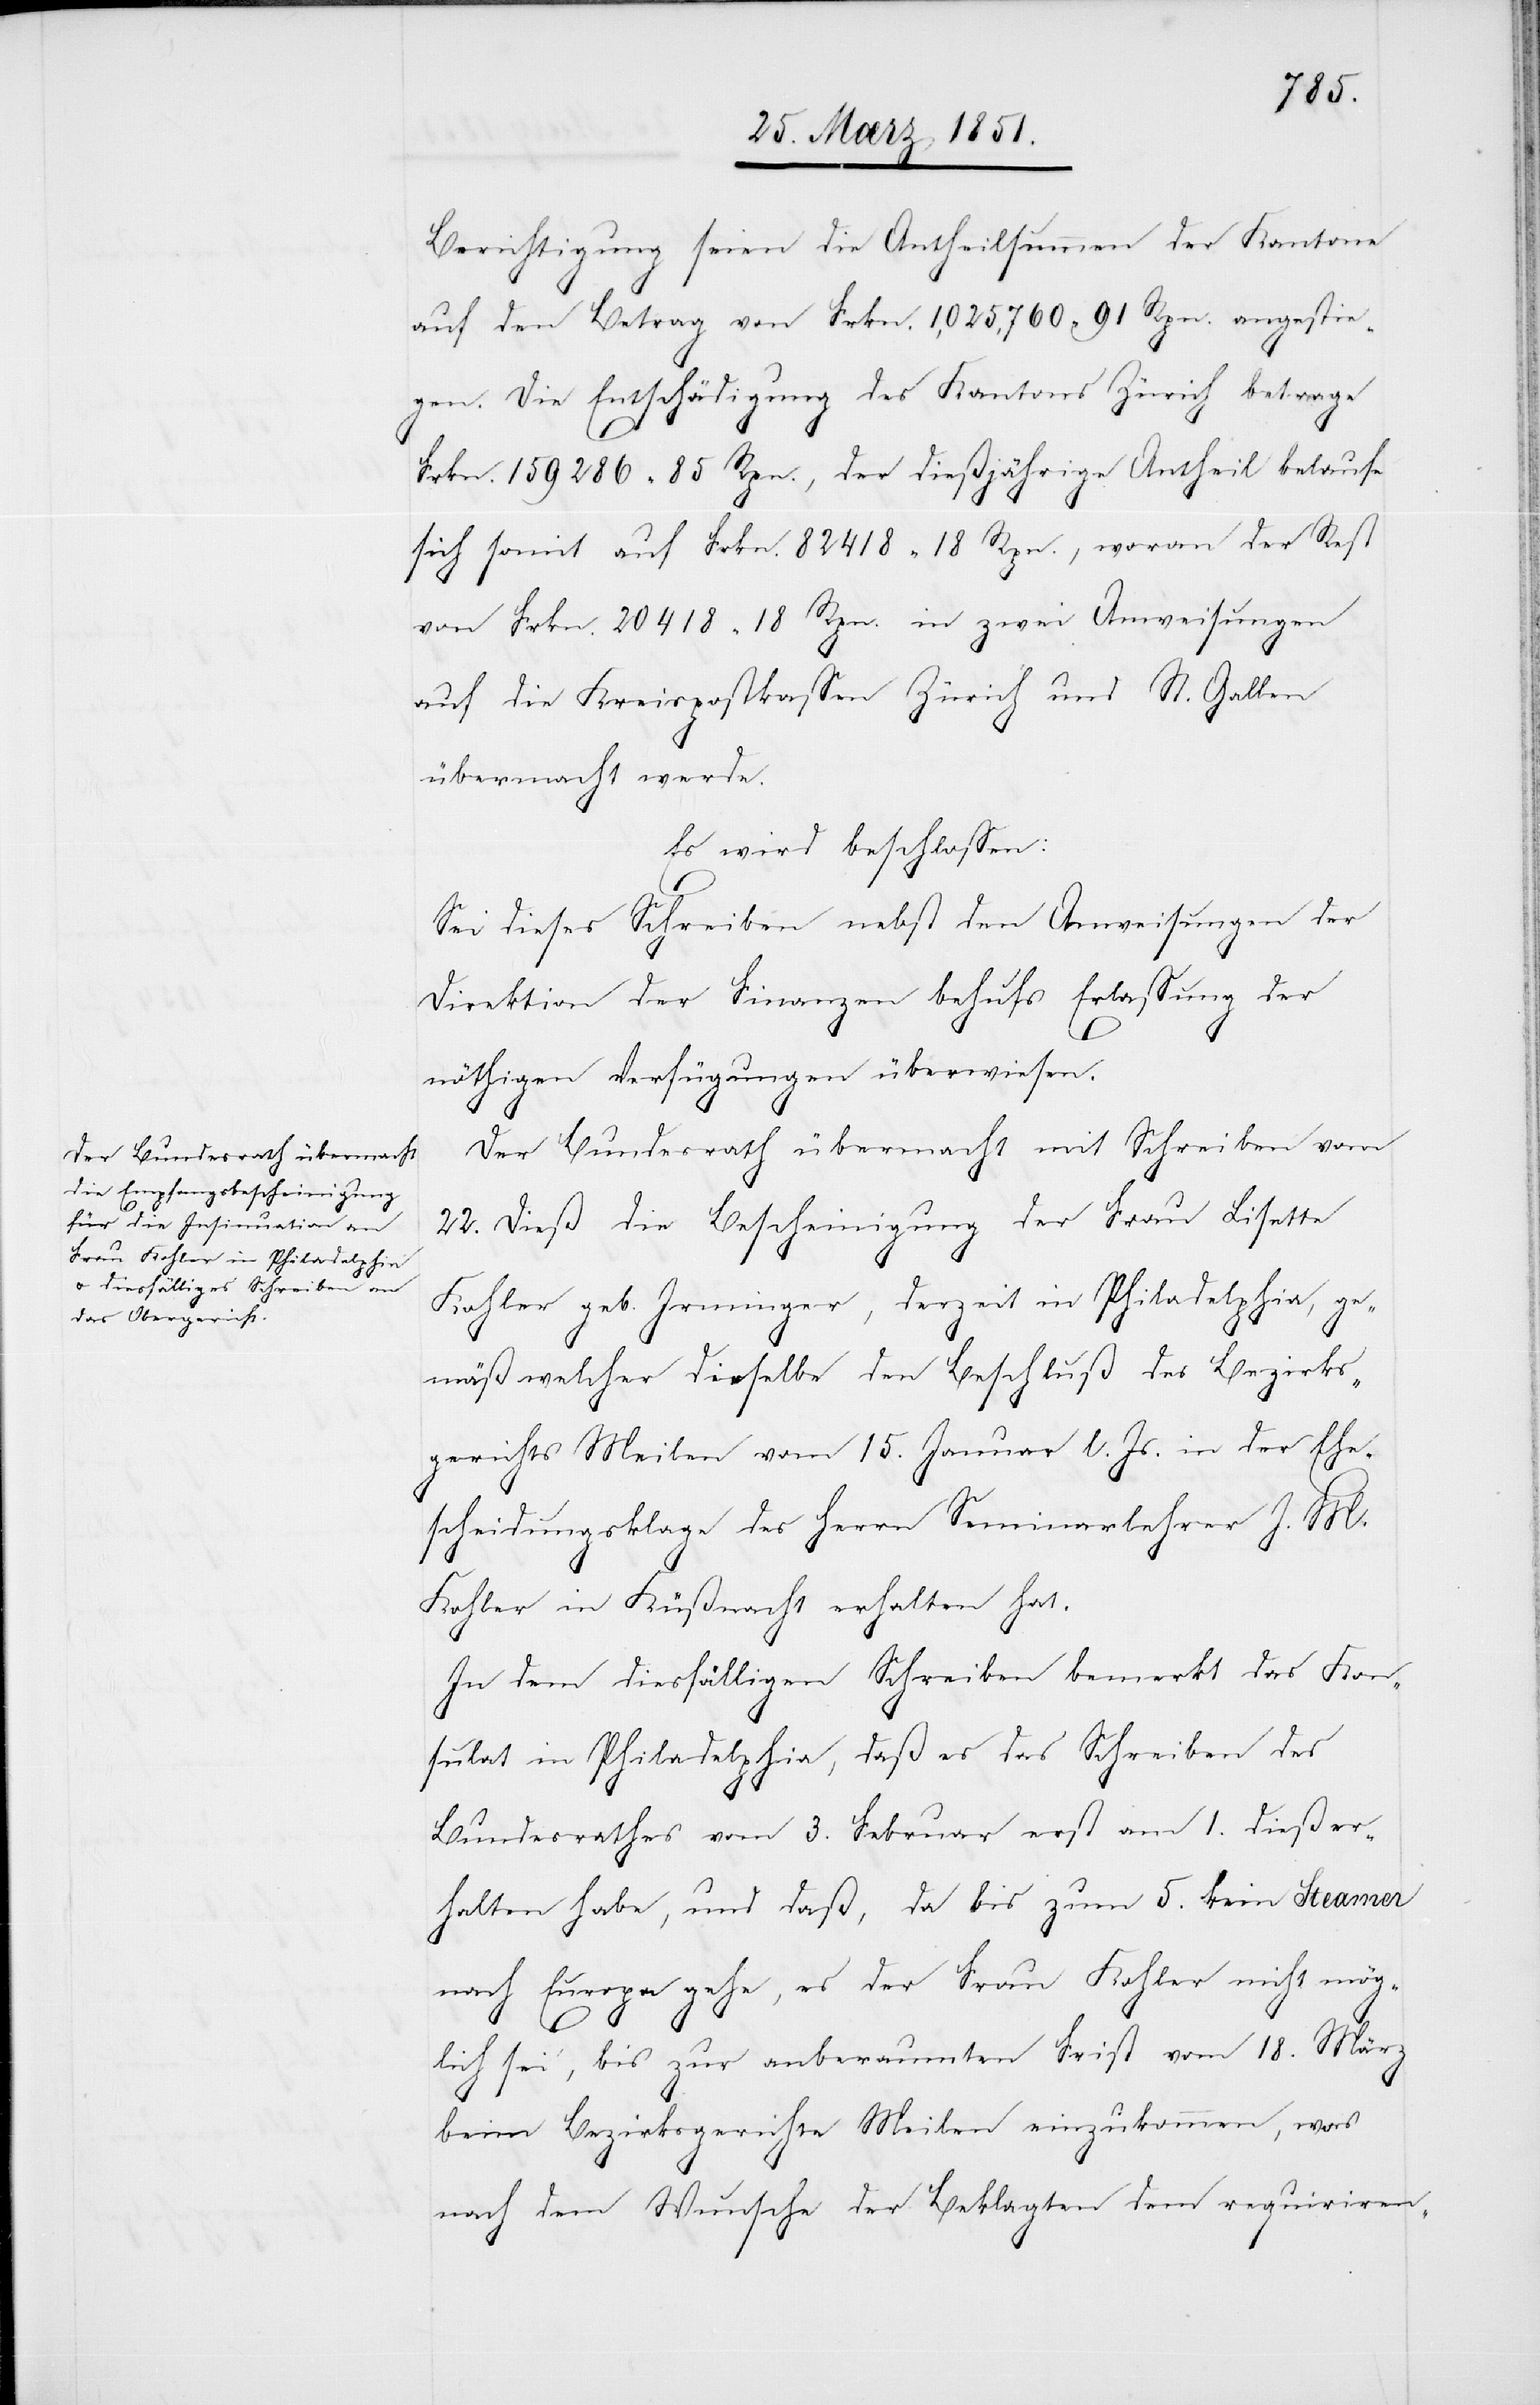
Berichtigung seien die Antheilsummen der Kantone
auf den Betrag von Frkn. 1,025,760 91 Rpn. angestie¬
gen. Die Entschädigung des Kantons Zürich betrage
Frkn. 159286 85 Rpn., der dießjährige Antheil belaufe
sich somit auf Frkn. 82418 18 Rpn., woran der Rest
von Frkn. 20418 18 Rpn. in zwei Anweisungen
auf die Kreispostkassen Zürich und St. Gallen
übermacht werde.
Es wird beschlossen:
Sei dieses Schreiben nebst den Anweisungen der
Direktion der Finanzen behufs Erlassung der
nöthigen Verfügungen überwiesen.
Der Bundesrath übermacht mit Schreiben vom
22. dieß die Bescheinigung der Frau Lisette
Kohler geb. Irminger, derzeit in Philadelphia, ge¬
mäß welcher dieselbe den Beschluß des Bezirks¬
gerichts Meilen vom 15. Januar l. Js. in der Ehe¬
scheidungsklage des Herrn Seminarlehrer J. M.
Kohler in Küßnacht erhalten hat.
In dem diesfälligen Schreiben bemerkt das Kon¬
sulat in Philadelphia, daß es das Schreiben des
Bundesrathes vom 3. Februar erst am 1. dieß er¬
halten habe, und daß, da bis zum 5. kein Steamer
nach Europa gehe, es der Frau Kohler nicht mög¬
lich sei, bis zur anberaumten Frist vom 18. März
beim Bezirksgerichte Meilen einzukommen, was
nach dem Wunsche der Beklagten dem requiriren-